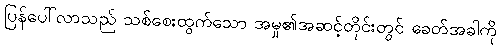
ပြန်ပေါ်လာသည် သစ်စေးထွက်သော အမှု၏အဆင့်တိုင်းတွင် ခေတ်အခါကို